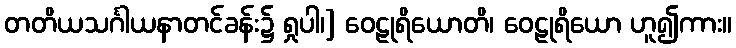
တတိယသင်္ဂါယနာတင်ခန်း၌ ရှုပါ၊] ဝေဠုရိယောတိ၊ ဝေဠုရိယော ဟူ၍ကား။